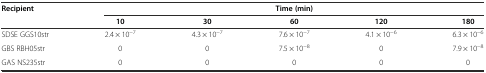
<table><thead><tr><td><b>Recipient</b></td><td colspan="5"><b>Time (min)</b></td></tr><tr><td></td><td><b>10</b></td><td><b>30</b></td><td><b>60</b></td><td><b>120</b></td><td><b>180</b></td></tr></thead><tbody><tr><td>SDSE GGS10str</td><td>2.4 × 10<sup>-7</sup></td><td>4.3 × 10<sup>-7</sup></td><td>7.6 × 10<sup>-7</sup></td><td>4.1 × 10<sup>-6</sup></td><td>6.3 × 10<sup>-6</sup></td></tr><tr><td>GBS RBH05str</td><td>0</td><td>0</td><td>7.5 × 10<sup>-8</sup></td><td>0</td><td>7.9 × 10<sup>-8</sup></td></tr><tr><td>GAS NS235str</td><td>0</td><td>0</td><td>0</td><td>0</td><td>0</td></tr></tbody></table>